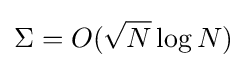
\Sigma =O({\sqrt {N}}\log N)